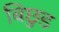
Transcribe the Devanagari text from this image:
बिछुड